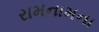
રામનામના